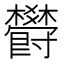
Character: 欎